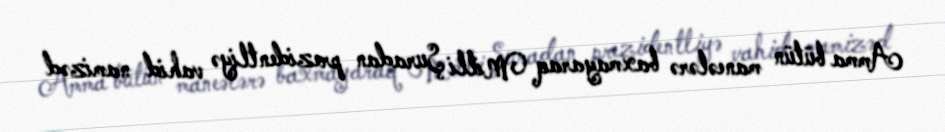
Amma bütün maneələrə baxmayaraq Milli Şuradan prezidentliyə vahid namizəd